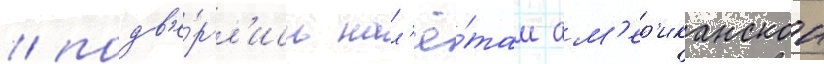
/ подв'е́ргл'ись нал'ё́там ам'ер'иканскои